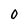
Character: 0